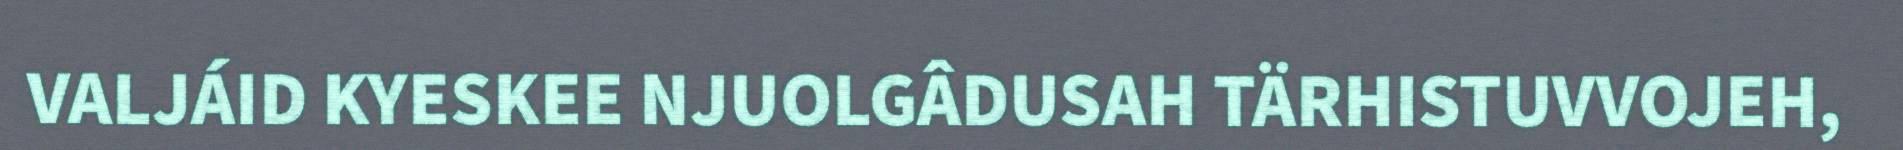
VALJÁID KYESKEE NJUOLGÂDUSAH TÄRHISTUVVOJEH,